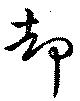
却